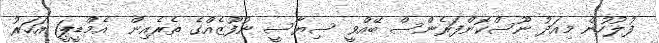
ފުލުހުން މިއަދު ނޫސްކޮންފަރެންސް ބޭއްވީ ސިޔާސީ ނުފޫޒެއްގެ ތެރެއިން  އެމްޑީޕީ1 އަހަރު